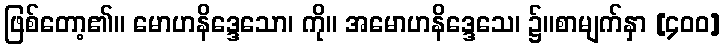
ဖြစ်တော့၏။ မောဟနိဒ္ဒေသော၊ ကို။ အမောဟနိဒ္ဒေသေ၊ ၌။စာမျက်နှာ [၄၀၀]